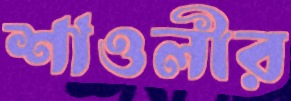
শাওলীর